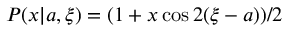
P ( x | { a } , \xi ) = ( 1 + x \cos 2 ( \xi - a ) ) / 2